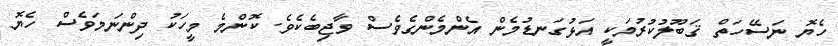
ހެޔޮ ނަސޭހަތް ޤަބޫލުކުރުމަކީ އަޅުގަނޑުމެން އެންމެންގެވެސް ވާޖިބެކެވެ. ކޮންމެ މީހަކު ދިންނަމަވެސް ހެޔޮ